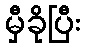
မှီခိုပြီး